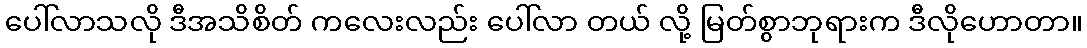
ပေါ်လာသလို ဒီအသိစိတ် ကလေးလည်း ပေါ်လာ တယ် လို့ မြတ်စွာဘုရားက ဒီလိုဟောတာ။